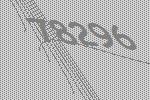
78296